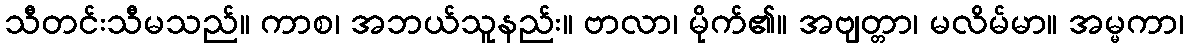
သီတင်းသီမသည်။ ကာစ၊ အဘယ်သူနည်း။ ဗာလာ၊ မိုက်၏။ အဗျတ္တာ၊ မလိမ်မာ။ အမ္မကာ၊